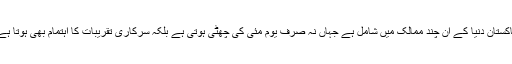
پاکستان دنیا کے ان چند ممالک میں شامل ہے جہاں نہ صرف یوم مئی کی چھٹی ہوتی ہے بلکہ سرکاری تقریبات کا اہتمام بھی ہوتا ہے۔